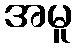
အမူ